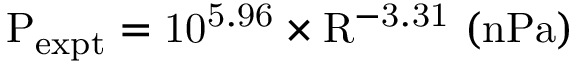
\mathrm { P _ { e x p t } = 1 0 ^ { 5 . 9 6 } \times R ^ { - 3 . 3 1 } \ ( n P a ) }